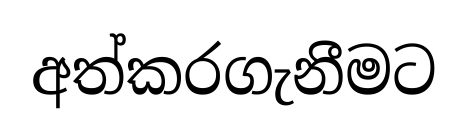
අත්කරගැනීමට